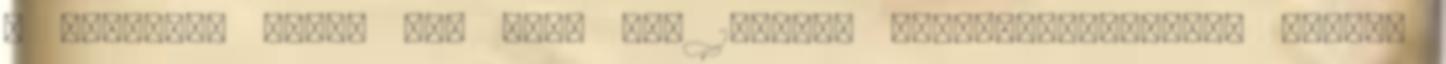
a vietnami elnök Még több hír 1Ekkora repülőgép-festési blamát